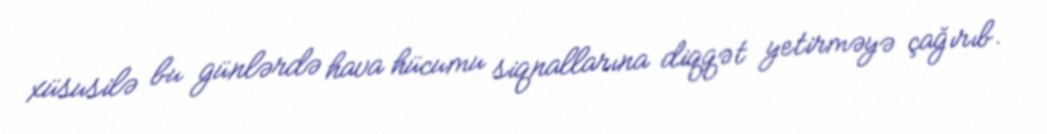
xüsusilə bu günlərdə hava hücumu siqnallarına diqqət yetirməyə çağırıb.